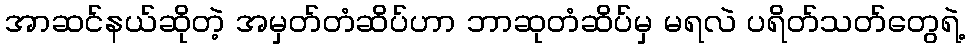
အာဆင်နယ်ဆိုတဲ့ အမှတ်တံဆိပ်ဟာ ဘာဆုတံဆိပ်မှ မရလဲ ပရိတ်သတ်တွေရဲ့